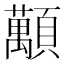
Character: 𧄴